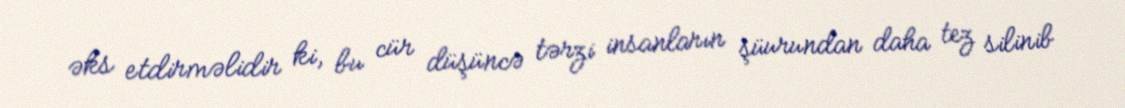
əks etdirməlidir ki, bu cür düşüncə tərzi insanların şüurundan daha tez silinib